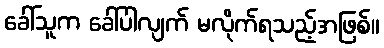
ခေါ်သူက ခေါ်ပါလျက် မလိုက်ရသည့်အဖြစ်။